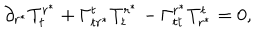
\partial _ { r ^ { \ast } } { T _ { t } ^ { r ^ { \ast } } } + \Gamma _ { t r ^ { \ast } } ^ { t } T _ { t } ^ { r ^ { \ast } } - \Gamma _ { t t } ^ { r ^ { \ast } } T _ { r ^ { \ast } } ^ { t } = 0 ,